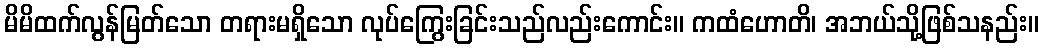
မိမိထက်လွန်မြတ်သော တရားမရှိသော လုပ်ကြွေးခြင်းသည်လည်းကောင်း။ ကထံဟောတိ၊ အဘယ်သို့ဖြစ်သနည်း။